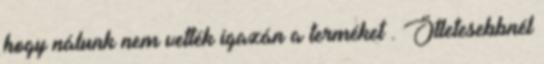
hogy nálunk nem vették igazán a terméket . Ötletesebbnél